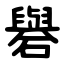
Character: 礜